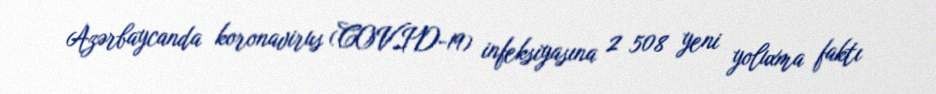
Azərbaycanda koronavirus (COVID-19) infeksiyasına 2 508 yeni yoluxma faktı